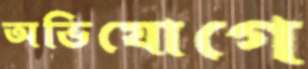
অভিযোগে